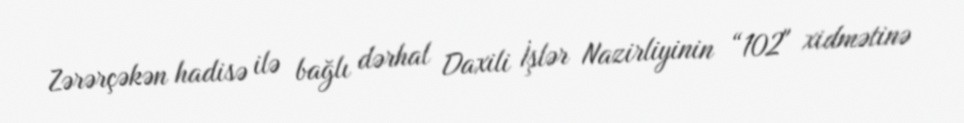
Zərərçəkən hadisə ilə bağlı dərhal Daxili İşlər Nazirliyinin “102" xidmətinə